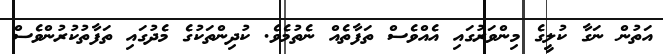
އަތުން ނަގާ ކުލީގެ މިންވަރުގައި އެއްވެސް ތަފާތެއް ނެތުމެެވެ. ކުދިންތަކުގެ މެދުގައި ތަފާތުކުރުންވެސް